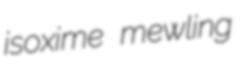
isoxime mewling